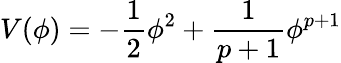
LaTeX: V(\phi)=-\frac{1}{2}\phi^{2}+\frac{1}{p+1}\phi^{p+1}